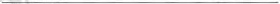
___